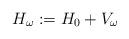
LaTeX: \begin{align*}H_\omega : = H_0 + V_\omega\, \end{align*}